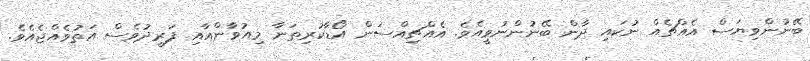
ބޭނުންވިޔަސް އެއްޗެއް ނުކައި ދާން ބޭނުންނުވީއެވެ. އެއްޗިއްސަން އޯޑާކުރިތަނާ މިއުވާންއާއި ފަރީދުވެސް އަތުވެއްޖެއެވެ.